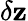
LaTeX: \delta\mathbf{z}